Vaccination in Bombay 1869-1873 - 1869-1873
Year: 1869
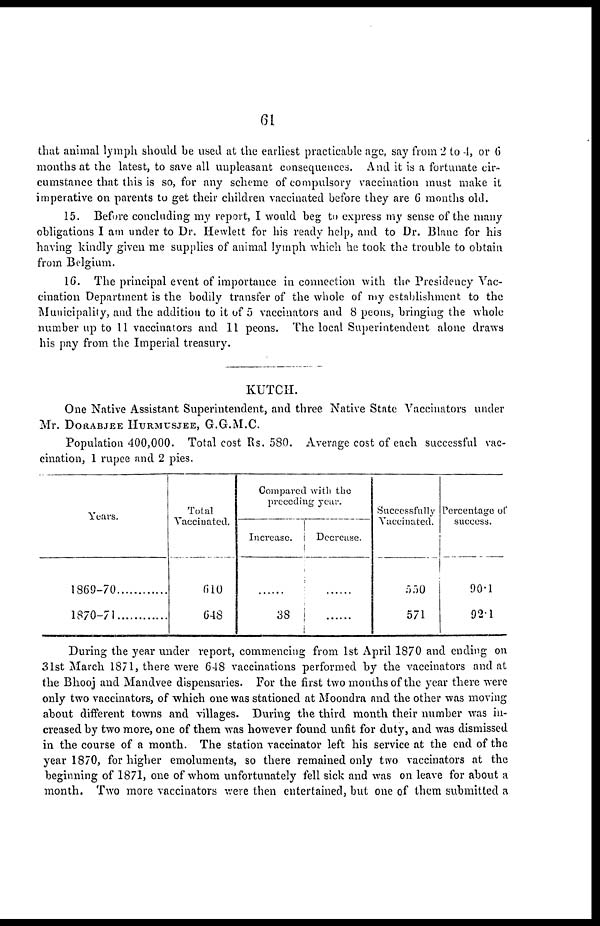
61
that animal lymph should be used at the earliest practicable age, say from 2 to 4, or 6
months at the latest, to save all unpleasant consequences. And it is a fortunate cir-
cumstance that this is so, for any scheme of compulsory vaccination must make it
imperative on parents to get their children vaccinated before they are 6 months old.
15. Before concluding my report, I would beg to express my sense of the many
obligations I am under to Dr. Hewlett for his ready help, and to Dr. Blanc for his
having kindly given me supplies of animal lymph which he took the trouble to obtain
from Belgium.
16. The principal event of importance in connection with the Presidency Vac-
cination Department is the bodily transfer of the whole of my establishment to the
Municipality, and the addition to it of 5 vaccinators and 8 peons, bringing the whole
number up to 11 vaccinators and 11 peons. The local Superintendent alone draws
his pay from the Imperial treasury.
KUTCH.
One Native Assistant Superintendent, and three Native State Vaccinators under
Mr. DORABJEE HURMUSJEE, G.G.M.C.
Population 400,000. Total cost Rs. 580. Average cost of each successful vac-
cination, 1 rupee and 2 pies.
Years.
1869-70
1870-71
Total
Vaccinated.
610
648
Compared with the
preceding year.
Increase.
......
38
Decrease.
......
......
Successfully
Vaccinated.
550
571
Percentage of
success.
90.1
92.1
During the year under report, commencing from 1st April 1870 and ending on
31st March 1871, there were 648 vaccinations performed by the vaccinators and at
the Bhooj and Mandvee dispensaries. For the first two months of the year there were
only two vaccinators, of which one was stationed at Moondra and the other was moving
about different towns and villages. During the third month their number was in-
creased by two more, one of them was however found unfit for duty, and was dismissed
in the course of a month. The station vaccinator left his service at the end of the
year 1870, for higher emoluments, so there remained only two vaccinators at the
beginning of 1871, one of whom unfortunately fell sick and was on leave for about a
month. Two more vaccinators were then entertained, but one of them submitted a